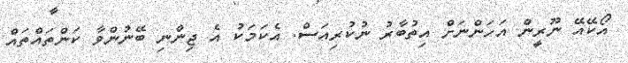
އޯކޭއޭ ނޫރީން އަހަންނަށް އިތުބާރު ނުކުރިއަސް. އެކަމަކު އެ ޖިންނި ބޭނުންވާ ކަންތައްތައް